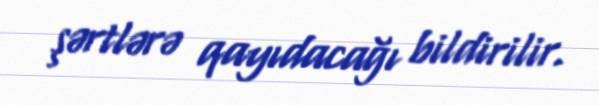
şərtlərə qayıdacağı bildirilir.